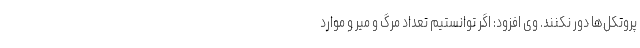
پروتکل‌ها دور نکنند. وی افزود: اگر توانستیم تعداد مرگ و میر و موارد